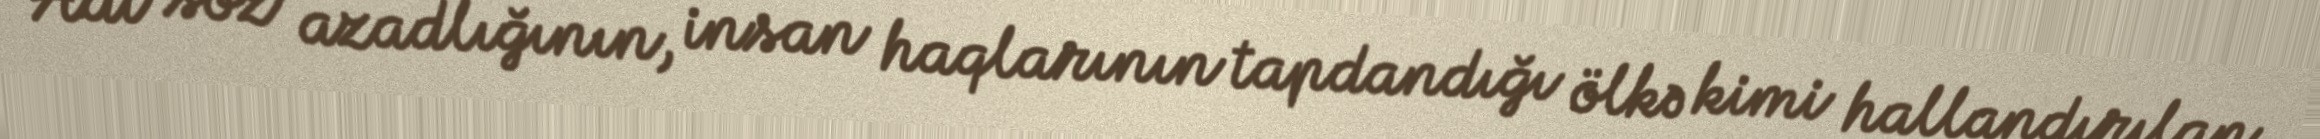
Adı söz azadlığının, insan haqlarının tapdandığı ölkə kimi hallandırılan